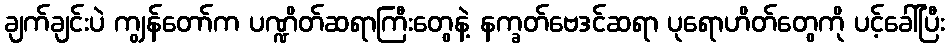
ချက်ချင်းပဲ ကျွန်တော်က ပဏ္ဍိတ်ဆရာကြီးတွေနဲ့ နက္ခတ်ဗေဒင်ဆရာ ပုရောဟိတ်တွေကို ပင့်ခေါ်ပြီး